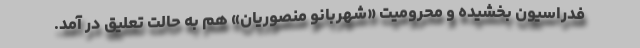
فدراسیون بخشیده و محرومیت «شهربانو منصوریان» هم به حالت تعلیق در آمد.